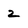
Character: 2